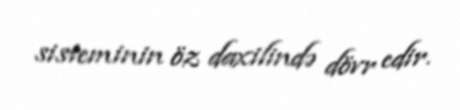
sisteminin öz daxilində dövr edir.